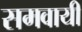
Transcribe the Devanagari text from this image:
समवायी